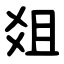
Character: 爼